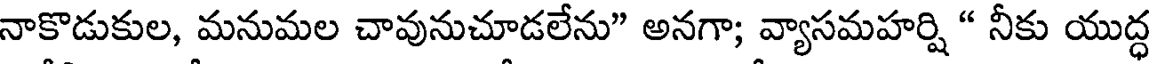
నాకొడుకుల, మనుమల చావునుచూడలేను" అనగా; వ్యాసమహర్షి " నీకు యుద్ధ